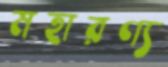
মহারণ্য